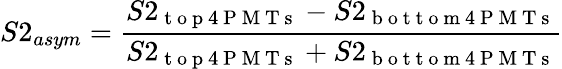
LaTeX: S2_{asym}=\frac{S2_{\mathrm{~t~o~p~4~P~M~T~s~}}-S2_{\mathrm{~b~o~t~t~o~m~4~P~M~T~s~}}}{S2_{\mathrm{~t~o~p~4~P~M~T~s~}}+S2_{\mathrm{~b~o~t~t~o~m~4~P~M~T~s~}}}